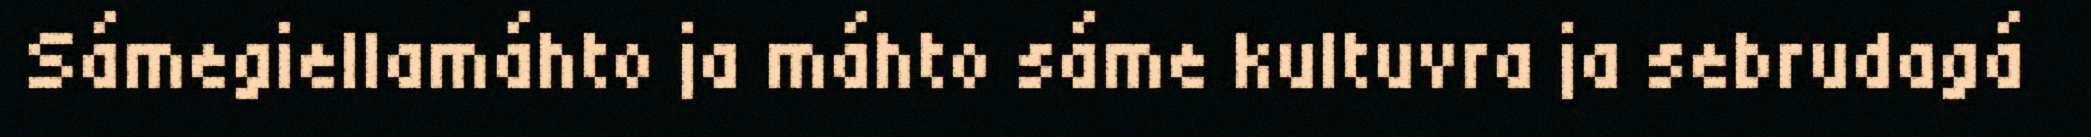
Sámegiellamáhto ja máhto sáme kultuvra ja sebrudagá